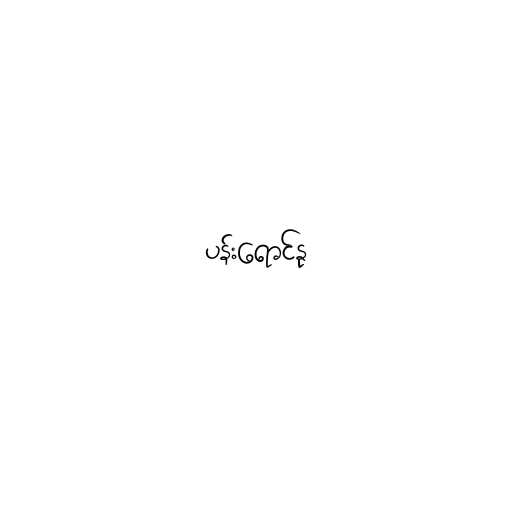
ပန်းရောင်နု